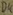
Text: D4